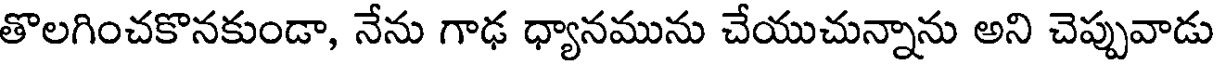
తొలగించకొనకుండా, నేను గాఢ ధ్యానమును చేయుచున్నాను అని చెప్పువాడు